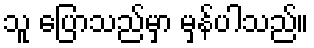
သူ ပြောသည်မှာ မှန်ပါသည်။